Document type: Grant
Year: 1403
Scribe: Berenguer Pedrosell
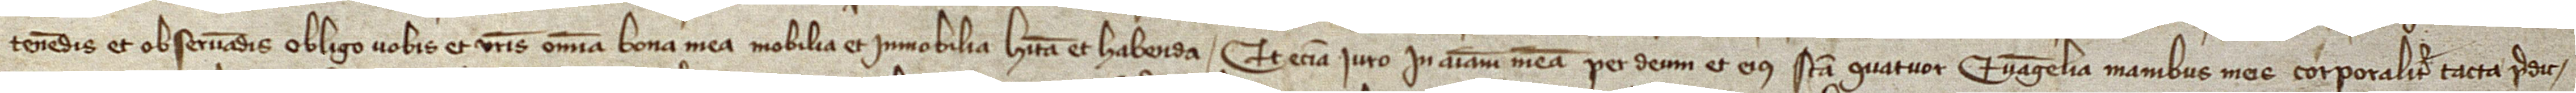
tenendis et observandis, obligo vobis et vestris omnia bona mea, mobilia et immobilia, habita et habenda. Et etiam iuro in animam meam per Deum et eius sancta quatuor Evangelia, manibus meis corporaliter tacta, predic-